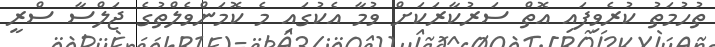
ތުހުމަތު ކުރެވިފައި އޮތް ސަރުކާރަކަށް ވުމާ އެކުގައި މެ ކޮމަންވެލްތުގެ ޖަލްސާ ސްރީ